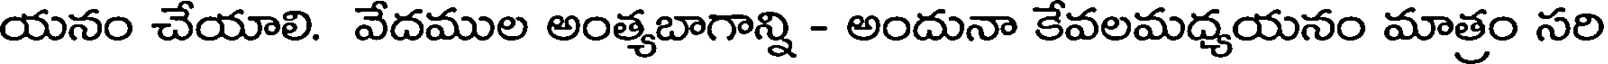
యనం చేయాలి. వేదముల అంత్యబాగాన్ని - అందునా కేవలమధ్యయనం మాత్రం సరి